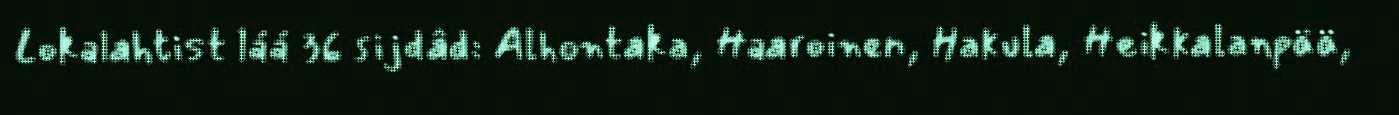
Lokalahtist láá 36 sijdâd: Alhontaka, Haaroinen, Hakula, Heikkalanpää,